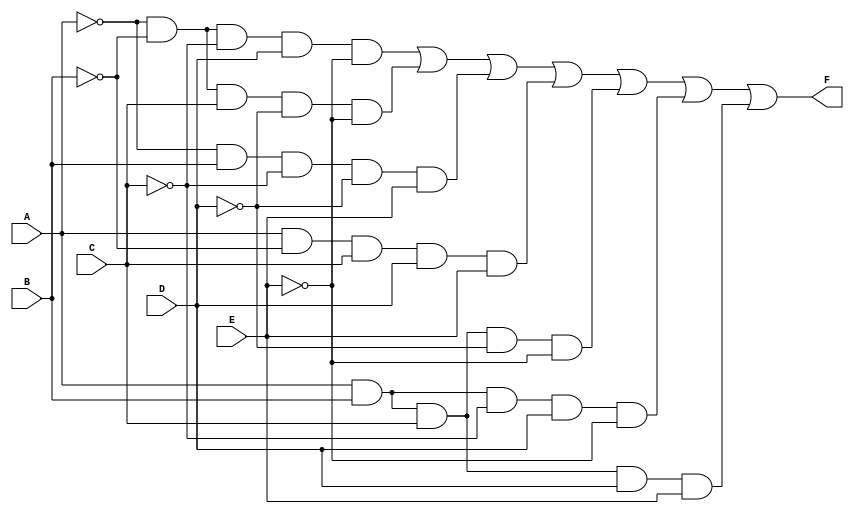
module five_variable_kmap (
    input wire A, // First input variable
    input wire B, // Second input variable
    input wire C, // Third input variable
    input wire D, // Fourth input variable
    input wire E, // Fifth input variable
    output wire F // Output function
);

    // The output F is defined based on the simplified boolean expression derived from the K-map.
    // Replace the following expression with the actual derived boolean expression from your K-map grouping.
    assign F = 
        (~A & ~B & ~C & D & ~E) | // m0
        (~A & ~B & C & ~D & ~E) | // m2
        (~A & B & ~C & ~D & E) | // m10
        (A & ~B & C & D & E) |   // m30
        (A & B & C & ~D & ~E) |   // m28
        (A & B & ~C & D & ~E) |   // m26
        // Add more minterms based on your K-map grouping
        // Example minterms for illustration purposes
        (A & B & C & D & E);      // m31

endmodule